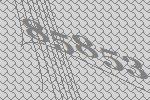
85853